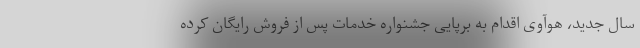
سال جدید، هوآوی اقدام به برپایی جشنواره خدمات پس از فروش رایگان کرده